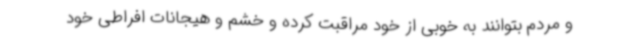
و مردم بتوانند به خوبی از خود مراقبت کرده و خشم و هیجانات افراطی خود